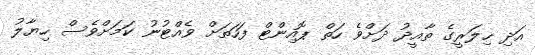
އަދި ހިލަރީގެ ތާއީދު ދަށްވެ ހަތް ޕޮއިންޓް ފަހަތަށް ވެއްޓުނު ކަމަށްވެސް ހިޔާލު